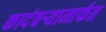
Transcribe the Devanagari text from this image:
कादंबऱ्यामार्फत